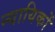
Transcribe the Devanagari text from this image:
न्यायिकों